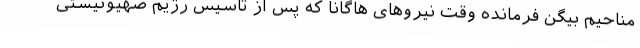
مناحیم بیگن فرمانده وقت نیروهای هاگانا که پس از تاسیس رژیم صهیونیستی